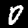
Label: 0